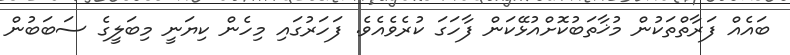
ބައެއް ފަރާތްތަކުން މުޚާތަބުކޮށްއުޅޭކަން ފާހަގަ ކުރެވެއެވެ. ފަހަރުގައި މިހެން ކިޔަނީ މިބަލީގެ ސަބަބުން